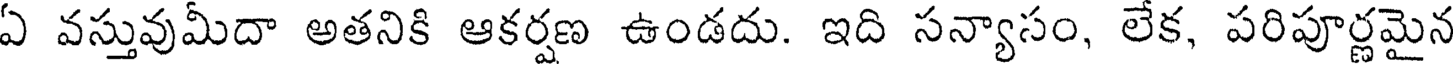
ఏ వస్తువుమీదా అతనికి ఆకర్షణ ఉండదు. ఇది సన్యాసం, లేక, పరిపూర్ణమైన